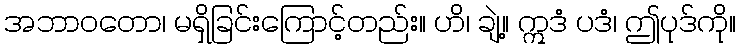
အဘာဝတော၊ မရှိခြင်းကြောင့်တည်း။ ဟိ၊ ချဲ့။ ဣဒံ ပဒံ၊ ဤပုဒ်ကို။